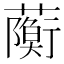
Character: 𧁠